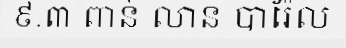
៩.៣ ពាន់ លាន បារ៉ែល